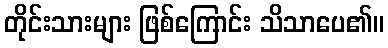
တိုင်းသားများ ဖြစ်ကြောင်း သိသာပေ၏။